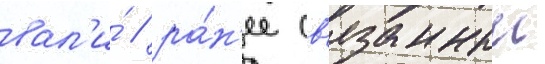
вал'и́ / ра́н'ее св'язанныи